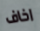
اخاف